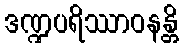
ဒဏ္ဍပရိဿာဝနန္တိ